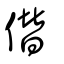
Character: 僣